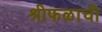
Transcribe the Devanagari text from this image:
श्रीफळाची